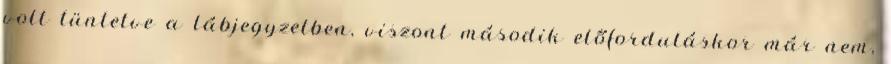
volt tüntetve a lábjegyzetben, viszont második előforduláskor már nem,